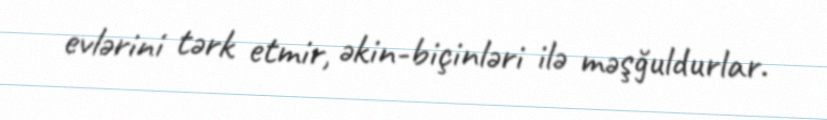
evlərini tərk etmir, əkin-biçinləri ilə məşğuldurlar.